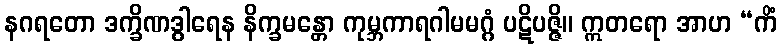
နဂရတော ဒက္ခိဏဒွါရေန နိက္ခမန္တော ကုမ္ဘကာရဂါမမဂ္ဂံ ပဋိပဇ္ဇိ။ ဣတရော အာဟ “ကိံ